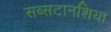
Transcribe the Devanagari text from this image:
सब्सटानशिया